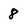
Character: 8